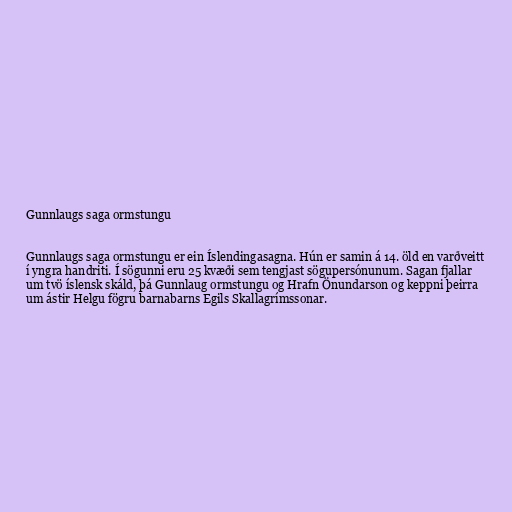
Gunnlaugs saga ormstungu

Gunnlaugs saga ormstungu er ein Íslendingasagna. Hún er samin á 14. öld en varðveitt
í yngra handriti. Í sögunni eru 25 kvæði sem tengjast sögupersónunum. Sagan fjallar
um tvö íslensk skáld, þá Gunnlaug ormstungu og Hrafn Önundarson og keppni þeirra
um ástir Helgu fögru barnabarns Egils Skallagrímssonar.